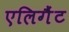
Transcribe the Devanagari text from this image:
एलिगैंट